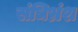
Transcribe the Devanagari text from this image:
संधिभ्रंश